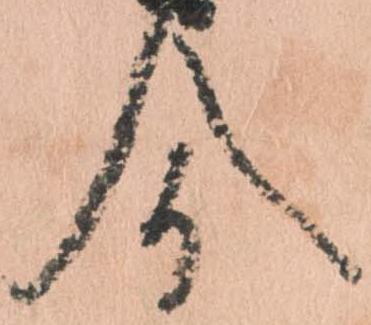
今